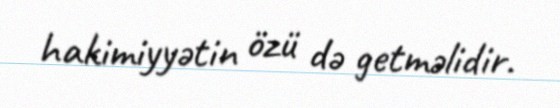
hakimiyyətin özü də getməlidir.